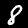
Label: 8